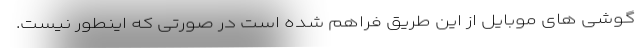
گوشی های موبایل از این طریق فراهم شده است در صورتی که اینطور نیست.